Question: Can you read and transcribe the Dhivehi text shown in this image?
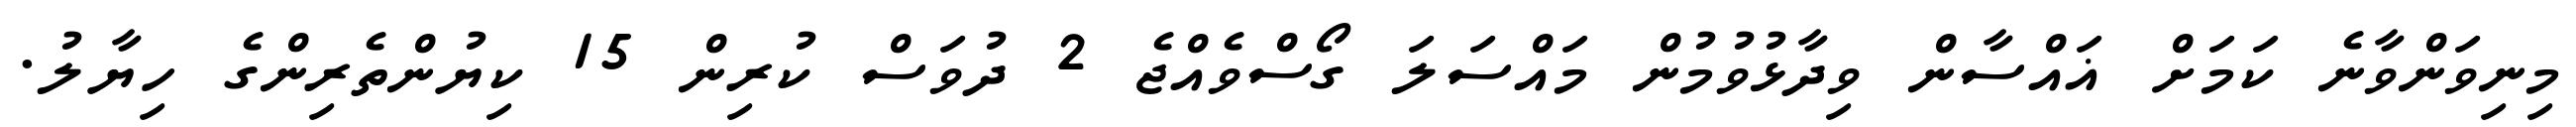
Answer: މިނިވަންވާނެ ކަމަށް ޣައްސާން ވިދާޅުވުމުން މައްސަލަ ގޯސްވެއްޖެ 2 ދުވަސް ކުރިން 15 ކިޔުންތެރިންގެ ހިޔާލު.